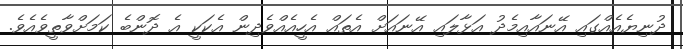
ދުނިޔެއެއްގައި އޭނައާއިމެދު އަޅާލައި އޭނައަށް އެތައް އެހީއެއްވެދިން އެކަކީ އެ ދޮންބެ ކަމަށްވާތީވެއެވެ.